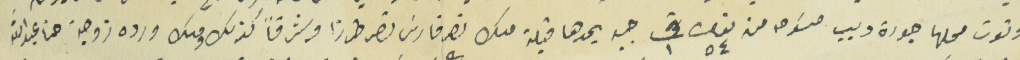
وتوت محلها جورة ديب ممسوحه من نمرو ٥٤ ت ١ يحدها قبلة ملك نصر فارسَ نصر طرزا وشرقاً كذلك وملك ورده زوجة حنا عبدالله